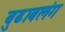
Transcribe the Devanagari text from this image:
बुढाबलंग